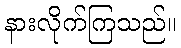
နားလိုက်ကြသည်။